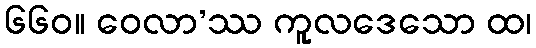
၆၆၀။ ဝေလာ’ဿ ကူလဒေသော ထ၊